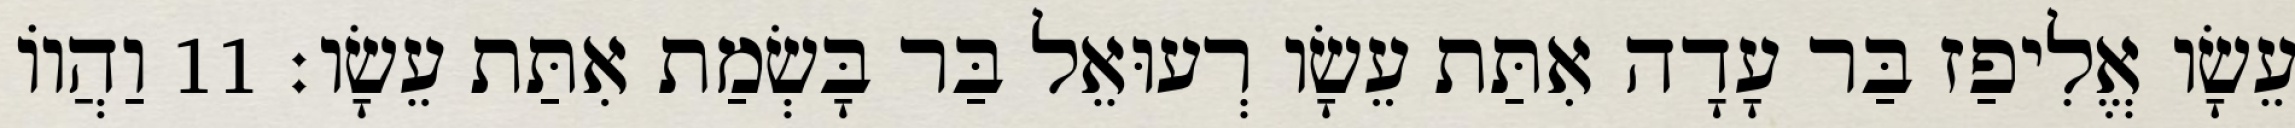
עֵשָׂו אֱלִיפַז בַּר עָדָה אִתַּת עֵשָׂו רְעוּאֵל בַּר בָּשְׂמַת אִתַּת עֵשָׂו׃ 11 וַהֲווֹ